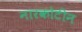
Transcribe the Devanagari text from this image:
नारकोटीन